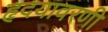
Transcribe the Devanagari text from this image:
हृदयावरणी